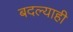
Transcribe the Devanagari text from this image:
बदल्याही